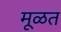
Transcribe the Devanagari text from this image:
मूळत